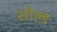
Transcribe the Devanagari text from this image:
सोल्‍ड